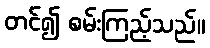
တင်၍ စမ်းကြည့်သည်။